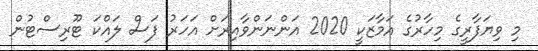
މި ވިޔަފާރީގެ މިހާރުގެ އަމާޒަކީ 2020 އަންނަންވާއިރަށް އަހަރު ފަސް ލައްކަ ޓޫރިސްޓުން